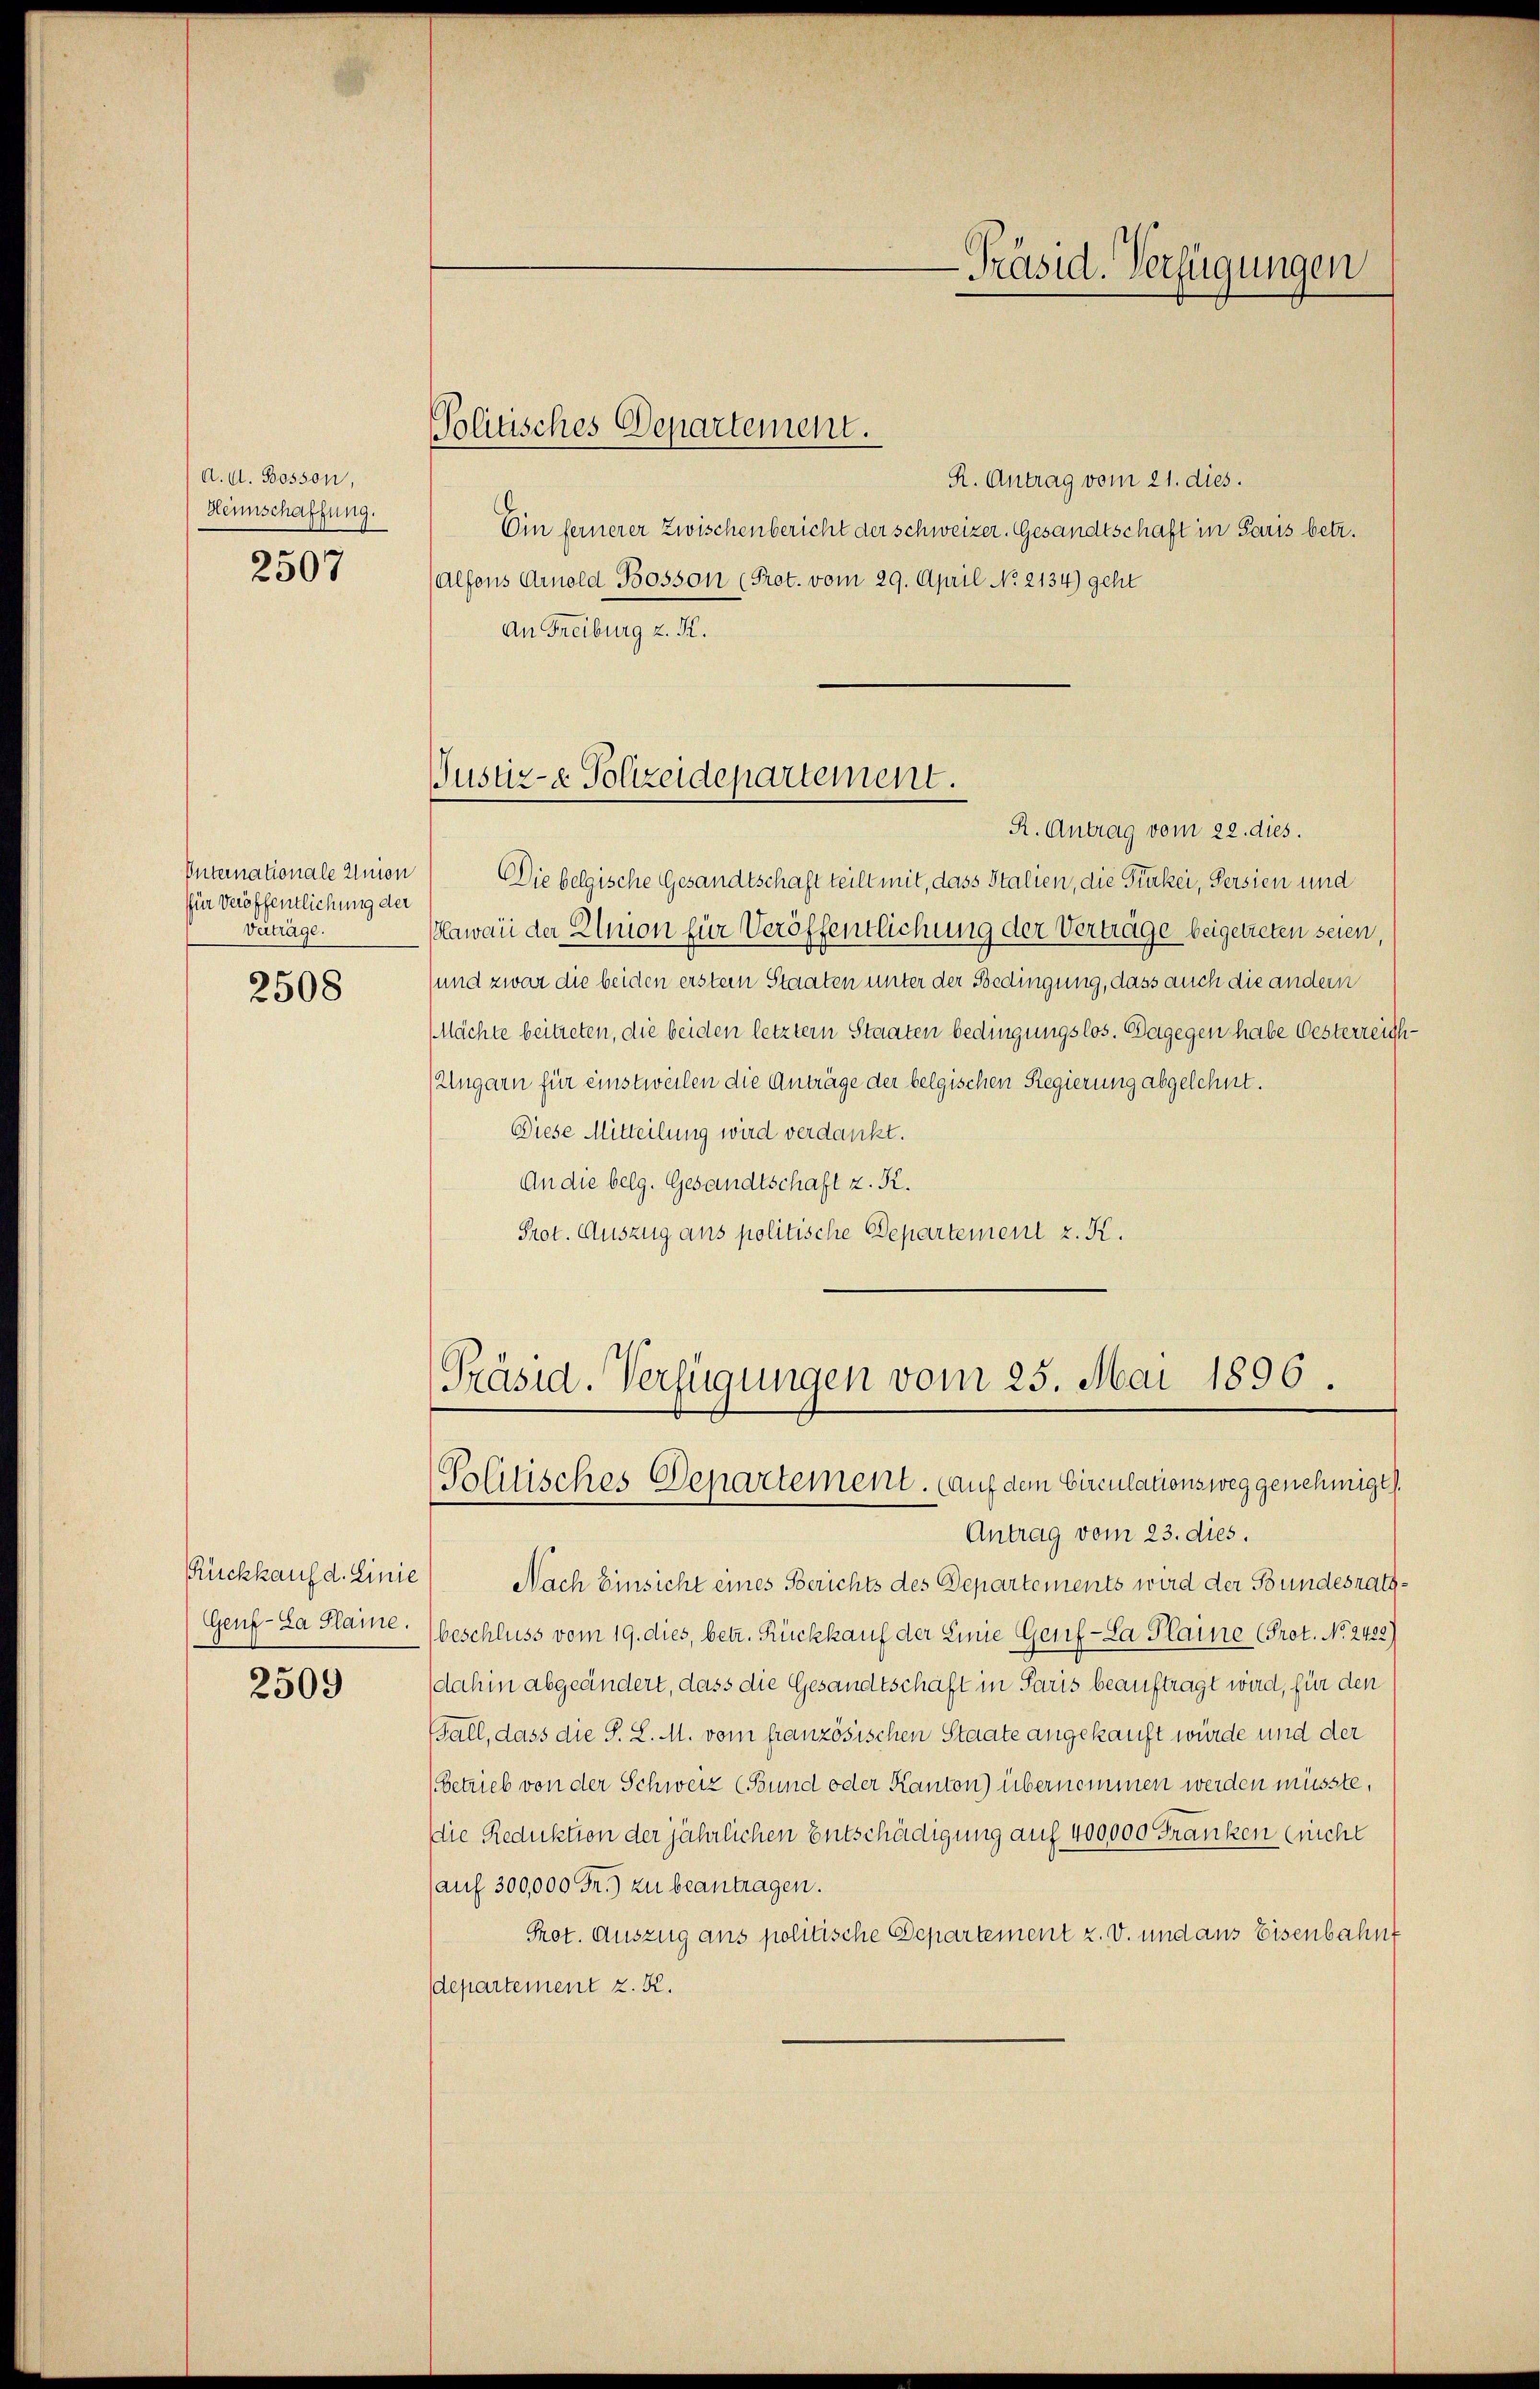
d. A. Bosson,
Heimschaffung.

2507

Internationale Union
für Veröffentlichung der
Verträge.
2508

Rückkauf d. Linie
Genf - La Plaine.
2509

Politisches Departement.

-Präsid. Verfügungen

Justiz- & Polizeidepartement.

R. Antrag vom 21. dies.
Ein fernerer Zwischenbericht der Schweizer. Gesandtschaft in Paris betr.
Alfons Arnold Bosson (Prot. vom 29. April No 2134) geht
An Freiburg z. K.
R. Antrag vom 22. dies.
Die belgische Gesandtschaft teilt mit, dass Stalien, die Prukei, Persien und
Hawan der Elnion für Veröffentlichung der Verträge beigetreten seien,
(und zwar die beiden erstem Staaten unter der Bedingung, dass auch die andern
MMächte beitreten, die beiden letztem Staaten bedingungslos. Dagegen habe Oesterreicht
Ungarn für einstweilen die Anträge der belgischen Regierung abgelehnt.
Diese Mitteilung wird verdankt.
An die belg. Gesandtschaft z. R.
Prot. Auszug ans politische Departement z. K.
Präsid. Verfügungen vom 25. Mai 1896.
Politisches Departement. (auf dem Circulationsweg genehmigt.
Antrag vom 23. dies.
Nach Einsicht eines Berichts des Departements wird der Bundesrathbeschluss vom 19. dies, betr. Rückkauf der Linie Genf-La Plaine (Prot. No. 2422)
dahin abgeändert, dass die Gesandtschaft in Paris beauftragt wird, für den
Fall, dass die S. L. M. vom französischen Staate angekauft würde und der
(betrieb von der Schweiz (Bund oder Kanton) übernommen werden müsste,
die Reduktion der jährlichen Entschädigung auf 400000 Franken (nicht
auf 300,000 Fr.) zu beantragen.
Prot. Auszug aus politische Departement z. v. und aus Eisenbahnf
departement z. K.